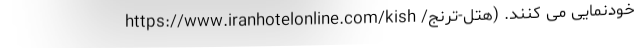
خودنمایی می کنند. (هتل-ترنج/ https://www.iranhotelonline.com/kish